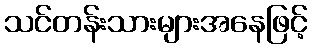
သင်တန်းသားများအနေဖြင့်